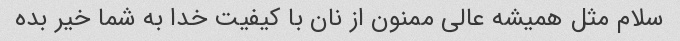
سلام مثل همیشه عالی ممنون از نان با کیفیت خدا به شما خیر بده